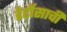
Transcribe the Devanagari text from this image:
डेर्टोसाची